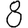
Digit: 8